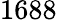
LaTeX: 1688